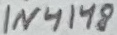
Text: 1N4148